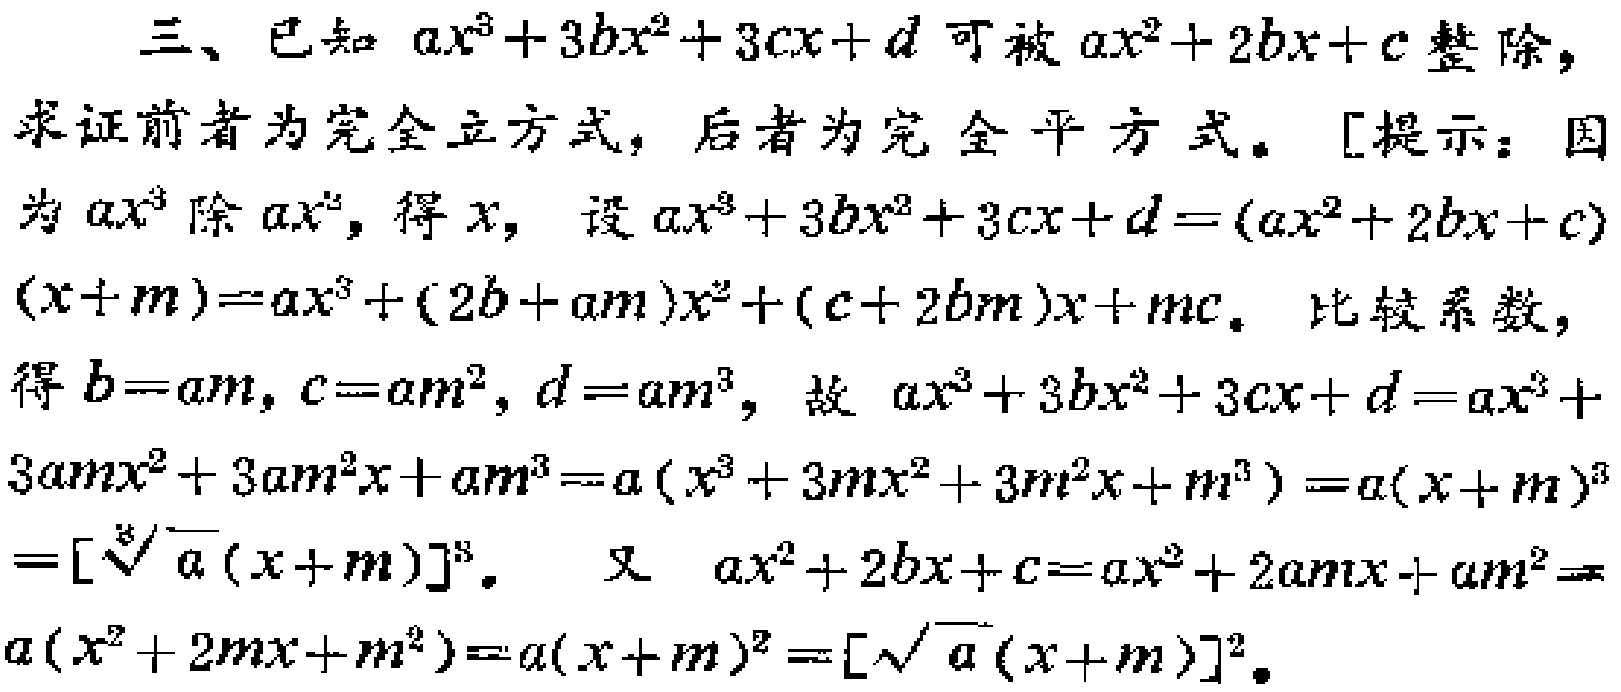
三、已知 \(ax^{3}+3bx^{2}+3cx + d\) 可被 \(ax^{2}+2bx + c\) 整除，
求证前者为完全立方式，后者为完全平方式。[提示：因
为 \(ax^{3}\) 除 \(ax^{2}\)，得 \(x\)，设 \(ax^{3}+3bx^{2}+3cx + d=(ax^{2}+2bx + c)\)
\((x + m)=ax^{3}+(2b + am)x^{2}+(c + 2bm)x+mc\)。比较系数，
得 \(b = am\)，\(c = am^{2}\)，\(d = am^{3}\)，故 \(ax^{3}+3bx^{2}+3cx + d=ax^{3}+\)
\(3amx^{2}+3am^{2}x+am^{3}=a(x^{3}+3mx^{2}+3m^{2}x + m^{3})=a(x + m)^{3}\)
\(=[\sqrt[3]{a}(x + m)]^{3}\)。又 \(ax^{2}+2bx + c=ax^{2}+2amx+am^{2}=\)
\(a(x^{2}+2mx + m^{2})=a(x + m)^{2}=[\sqrt{a}(x + m)]^{2}\)。